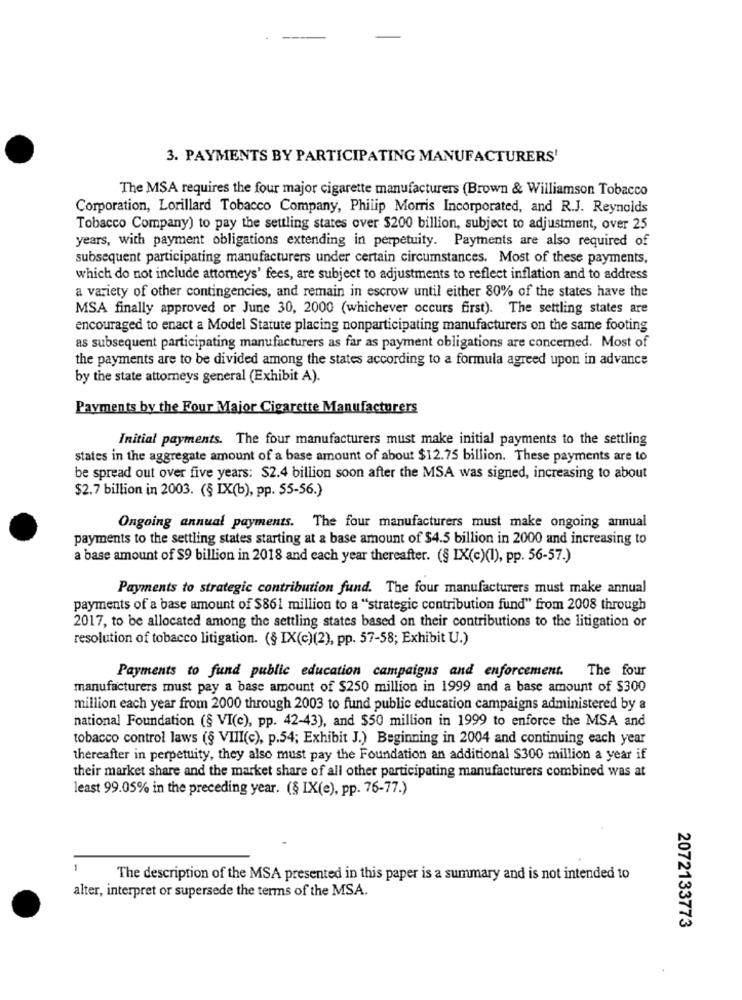
3. PAYMENTS BY PARTICIPATING MANUFACTURERS'
The MSA requires the four major cigarette manufacturers (Brown & Williamson Tobacco
Corporation, Lorillard Tobacco Company, Philip Morris Incorporated, and R.J. Reynolds
Tobacco Company) to pay the settling states over $200 billion, subject to adjustment, over 25
years, with payment obligations extending in perpetuity. Payments are also required of
subsequent participating manufacturers under certain circumstances. Most of these payments,
which do not include attorneys' fees, are subject to adjustments to reflect inflation and to address
a variety of other contingencies, and remain in escrow until either 80% of the states have the
MSA finally approved or June 30, 2000 (whichever occurs first). The settling states are
encouraged to enact a Model Statute placing nonparticipating manufacturers on the same footing
as subsequent participating manufacturers as far as payment obligations are concerned. Most of
the payments are to be divided among the states according to a formula agreed upon in advance
by the state attorneys general (Exhibit A).
Payments by the Four Maior Cigarette Manufacturers
Initial payments. The four manufacturers must make initial payments to the settling
states in the aggregate amount of a base amount of about $12.75 billion. These payments are to
be spread out over five years: $2.4 billion soon after the MSA was signed, increasing to about
$2.7 billion in 2003. (§ IX(b), pp. 55-56.)
Ongoing annual payments. The four manufacturers must make ongoing annual
payments to the settling states starting at a base amount of $4.5 billion in 2000 and increasing to
a base amount of $9 billion in 2018 and each year thereafter. (§ IX(c)(1), pp. 56-57.)
Payments to strategic contribution fund. The four manufacturers must make annual
payments of a base amount of $861 million to a "strategic contribution fund" from 2008 through
2017, to be allocated among the settling states based on their contributions to the litigation or
resolution of tobacco litigation. (§ IX(c)(2), pp. 57-58; Exhibit U.)
Payments to fund public education campaigns and enforcement. The four
manufacturers must pay a base amount of $250 million in 1999 and a base amount of $300
million each year from 2000 through 2003 to fund public education campaigns administered by a
national Foundation (§ VI(e), pp. 42-43), and $50 million in 1999 to enforce the MSA and
tobacco control laws (§ VIII(c), p.54; Exhibit J.) Beginning in 2004 and continuing each year
thereafter in perpetuity, they also must pay the Foundation an additional $300 million a year if
their market share and the market share of all other participating manufacturers combined was at
least 99.05% in the preceding year. (§ IX(e), pp. 76-77.)
-
The description of the MSA presented in this paper is a summary and is not intended to
alter, interpret or supersede the terms of the MSA.
2072133773